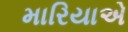
મારિયાએ